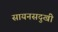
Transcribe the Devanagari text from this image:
सायनसदुखी